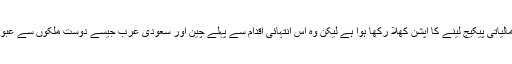
پاکستان کی نئی حکومت نے گو کہ آئی ایم ایف سے مالیاتی پیکیج لینے کا آپشن کھلا رکھا ہؤا ہے لیکن وہ اس انتہائی اقدام سے پہلے چین اور سعودی عرب جیسے دوست ملکوں سے عبوری قرضے یا امدادحاصل کرنے کی خواہش مند ہے۔